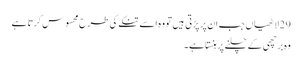
29 لاٹھیاں جب ان پر پڑتی ہیں تو وہ اسے تنکے کی طرح محسوس کرتا ہے
وہ برچھی کے چلنے پر ہنستا ہے۔